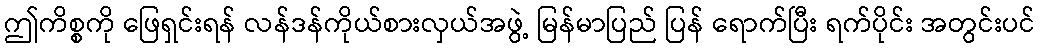
ဤကိစ္စကို ဖြေရှင်းရန် လန်ဒန်ကိုယ်စားလှယ်အဖွဲ့ မြန်မာပြည် ပြန် ရောက်ပြီး ရက်ပိုင်း အတွင်းပင်